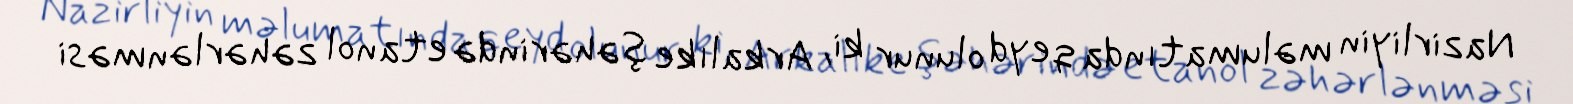
Nazirliyin məlumatında qeyd olunur ki, Arkalıke şəhərində etanol zəhərlənməsi